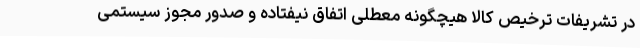
در تشریفات ترخیص کالا هیچگونه معطلی اتفاق نیفتاده و صدور مجوز سیستمی